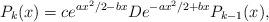
LaTeX: \begin{align*}P_{k}(x)= ce^{ax^2/2 -bx}De^{-ax^2/2 +bx}P_{k-1}(x),\end{align*}